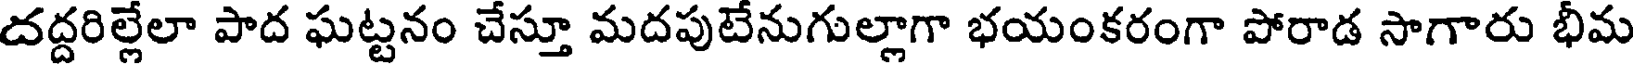
దద్దరిల్లేలా పాద ఘట్టనం చేస్తూ మదపుటేనుగుల్లాగా భయంకరంగా పోరాడ సాగారు భీమ